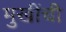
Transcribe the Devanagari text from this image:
मुखींची